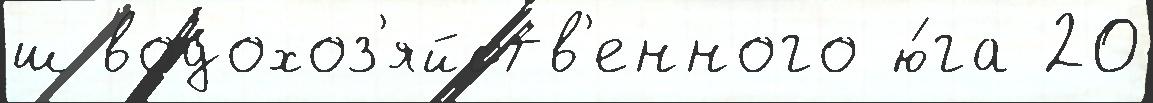
ш водохоз'яйств'енного ю́га 20